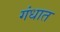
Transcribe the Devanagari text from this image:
गंधात